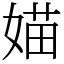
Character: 媌